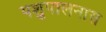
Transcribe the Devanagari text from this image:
पशुपालनास